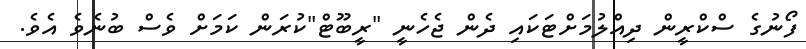
ފޯނުގެ ސްކްރީން ދިއްލުމަށްޓަކައި ދެން ޖެހެނީ "ރީބޫޓް"ކުރަން ކަމަށް ވެސް ބުނެވެ އެވެ.